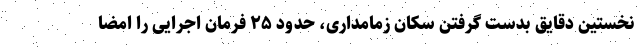
نخستین دقایق بدست گرفتن سکان زمامداری، حدود ۲۵ فرمان اجرایی را امضا